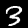
Digit: 3